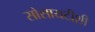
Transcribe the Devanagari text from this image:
सोसायटीशी